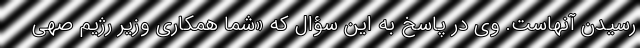
رسیدن آنهاست. وی در پاسخ به این سؤال که «شما همکاری وزیر رژیم صهی